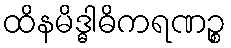
ထိနမိဒ္ဓါဓိကရဏဉ္စ